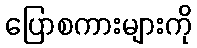
ပြောစကားများကို